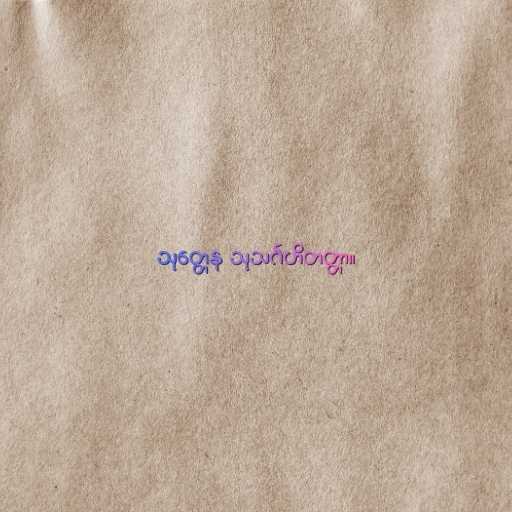
သုတ္တေန သုသင်္ဂဟိတတ္တာ။